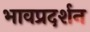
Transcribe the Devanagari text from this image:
भावप्रदर्शन